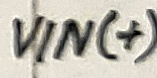
Text: VIN(+)